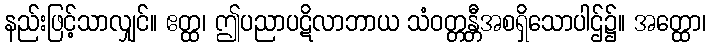
နည်းဖြင့်သာလျှင်။ ဧတ္ထ၊ ဤပညာပဋိလာဘာယ သံဝတ္တန္တီအစရှိသောပါဌ်၌။ အတ္ထော၊